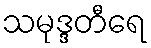
သမုဒ္ဒတီရေ